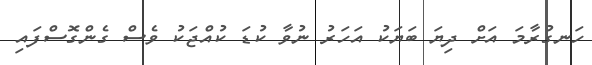
ހަނގުރާމަ އަށް ދިޔަ ބަޔަކު އަހަރު ނުވާ ކުޑަ ކުއްޖަކު ވެސް ގެންގޮސްފައި